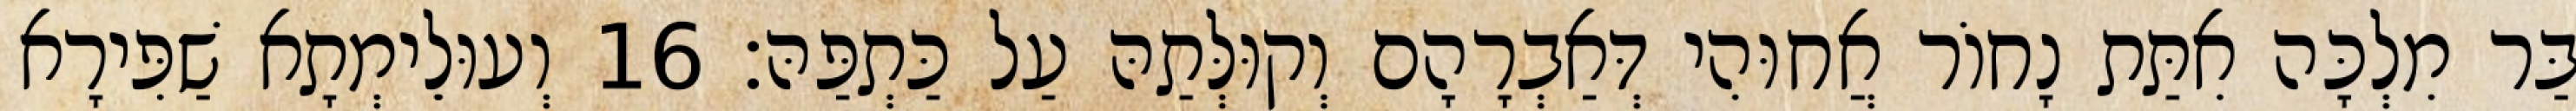
בַּר מִלְכָּה אִתַּת נָחוֹר אֲחוּהִי דְּאַבְרָהָם וְקוּלְּתַהּ עַל כַּתְפַּהּ׃ 16 וְעוּלֵימְתָא שַׁפִּירָא